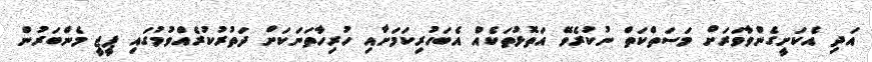
އަދި އެކަށީގެންވާވަރަށް މަސަތްކަތް ނުކުރެވޭ އަތޮޅުތަކެއް އެބަހުރިކަމަށާއި ހުރިހާތަނަކަށް ދަތުރުކުރެއްވުމުގައި ޕީޖީ މެންބަރުން